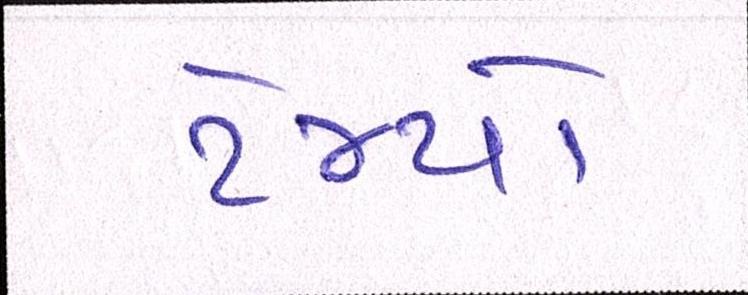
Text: ટેમ્પો